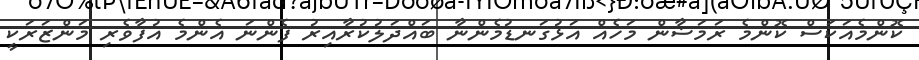
ކޮންމެއަކަސް ކޮންމެ ރަމަޟާން މަހެއް އަޅުގަނޑުމެންނާ ބައްދަލުކުރާއިރު ފެންނަ އެންމެ އުފާވެރި މަންޒަރަކީ